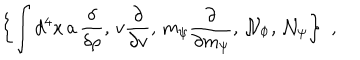
LaTeX: \left\{ \int d ^ { 4 } x \, a \, \frac \delta { \delta \rho } , \, v \frac \partial { \partial v } , \, m _ { \psi } \frac \partial { \partial m _ { \psi } } , \, { \cal N } _ { \Phi } , \, { \cal N } _ { \psi } \right\} \, \, ,